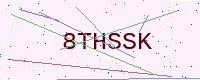
Text: 8THSSK